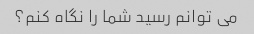
می توانم رسید شما را نگاه کنم؟